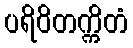
ပရိဝိတက္ကိတံ